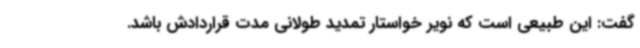
گفت: این طبیعی است که نویر خواستار تمدید طولانی مدت قراردادش باشد.